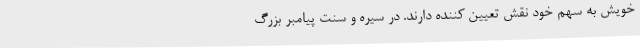
خویش به سهم خود نقش تعیین کننده دارند. در سیره و سنّت پیامبر بزرگ